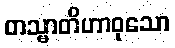
တသ္မာတိဟာဝုသော